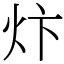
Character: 炞